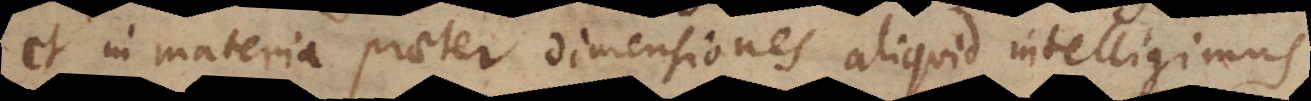
et in materia praeter dimensiones aliquid intelligimus